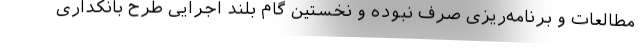
مطالعات و برنامه‌ریزی صرف نبوده و نخستین گام بلند اجرایی طرح بانکداری